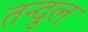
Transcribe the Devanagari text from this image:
तन्दुल